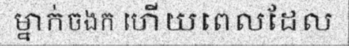
ម្នាក់ចងក ហើយពេលដែល